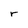
Character: r